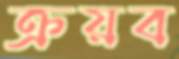
ক্রয়ব